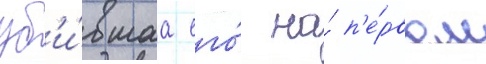
уб'и́вшаа его́ на́ п'е́рвом